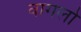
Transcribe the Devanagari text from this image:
वागलो